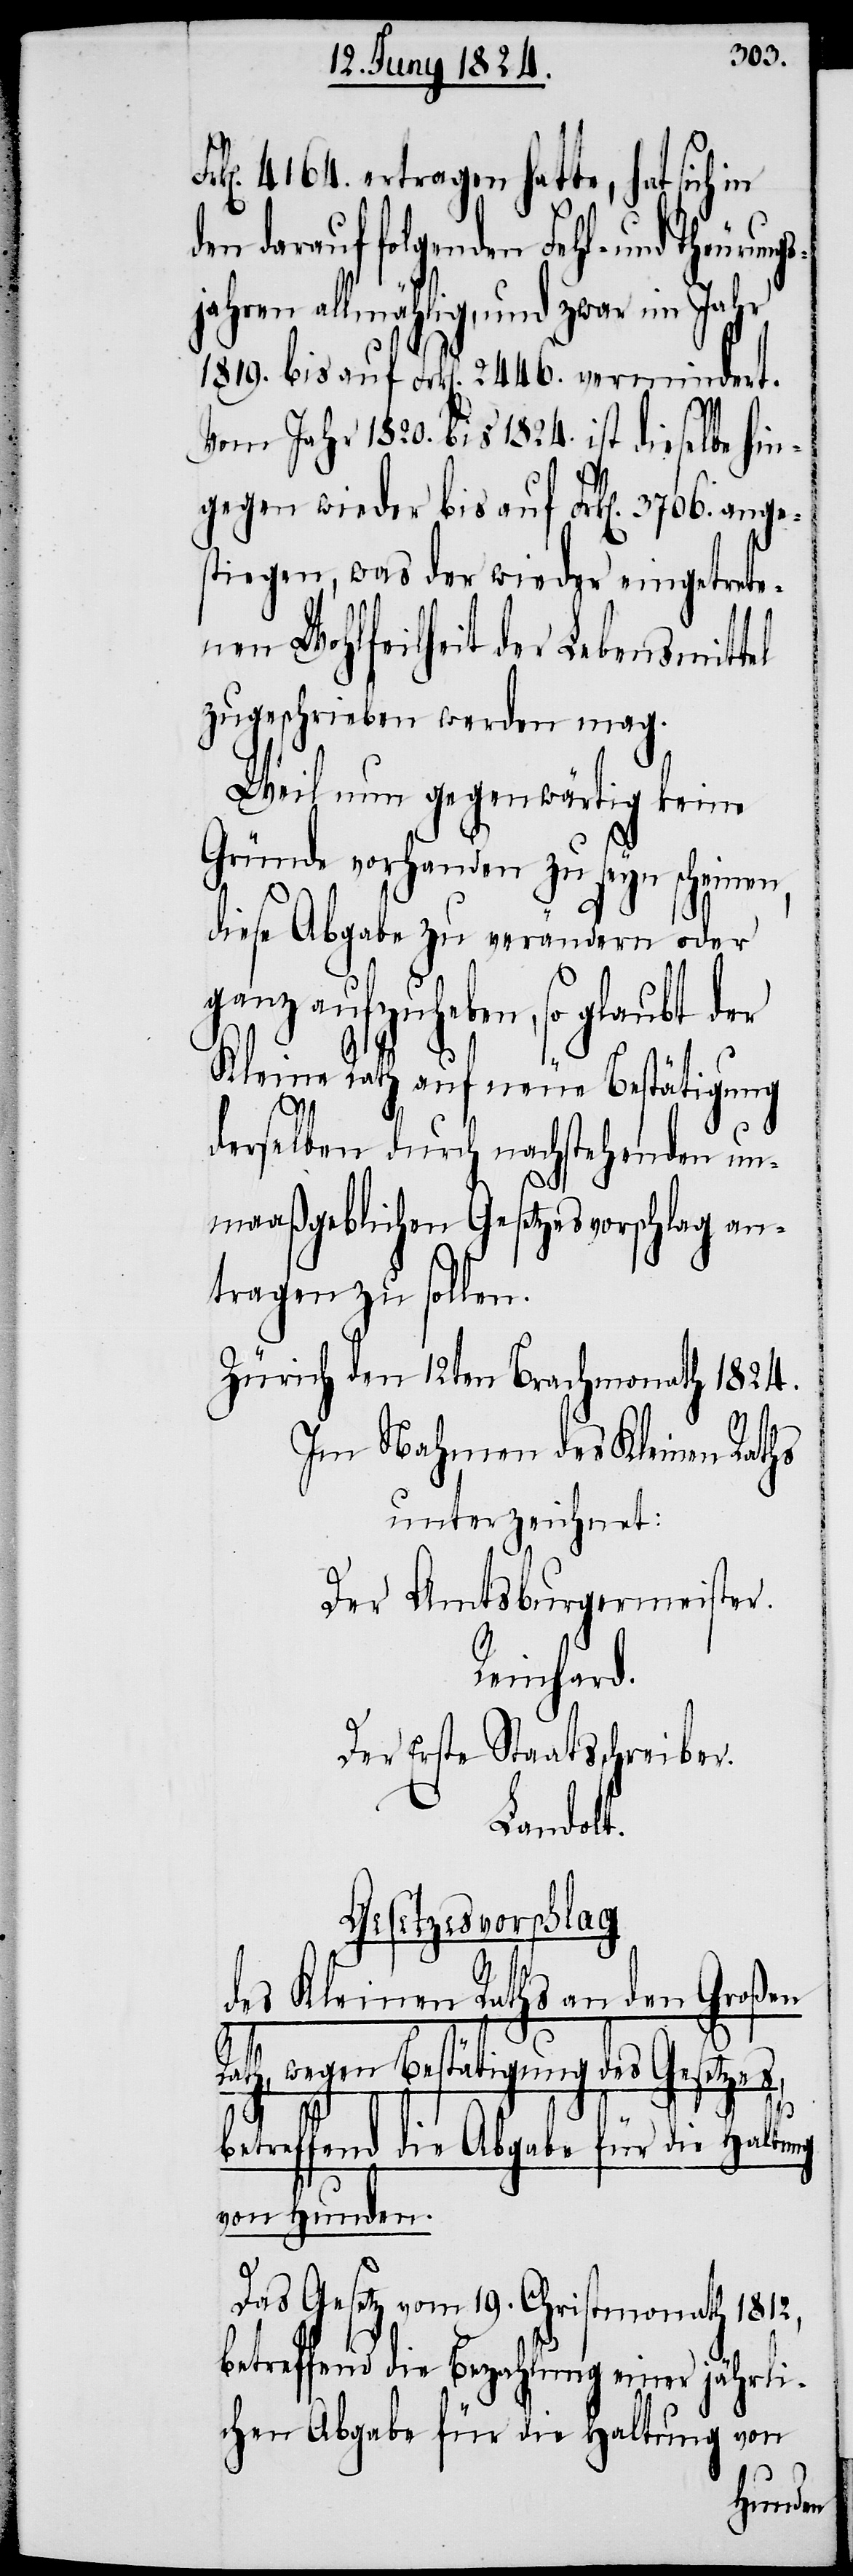
4164. ertragen hatte, hat sich in
den darauf folgenden Fehl- und Theurung¬
jahren allmählig, und zwar im Jahr
1819. bis auf Frk[en]. 2446. vermindert.
Vom Jahr 1820. bis 1824. ist dieselbe hin¬
gegen wieder bis auf Frk[en]. 3706. anges¬
tiegen, was der wieder eingetrete¬
nen Wohlfeilheit der Lebensmittel
zugeschrieben werden mag.
Weil nun gegenwärtig keine
Gründe vorhanden zu seyn scheinen,
diese Abgabe zu verändern oder
ganz aufzuheben, so glaubt der
Kleine Rath auf neue Bestätigung
derselben durch nachstehenden un¬
maaßgeblichen Gesetzesvorschlag an¬
tragen zu sollen.
Zürich den 12ten Brachmonath 1824.
Im Nahmen des Kleinen Raths
unterzeichnet:
Der Amtsburgermeister.
Reinhard.
Der Erste Staatsschreiber.
Landolt.
Gesetzesvorschlag
des Kleinen Raths an den Großen
s¬
Rath, wegen Bestätigung des Gesetzes,
betreffend die Abgabe für die Haltung
von Hunden.
Das Gesetz vom 19. Christmonath 1812,
betreffend die Bezahlung einer jährli¬
chen Abgabe für die Haltung von